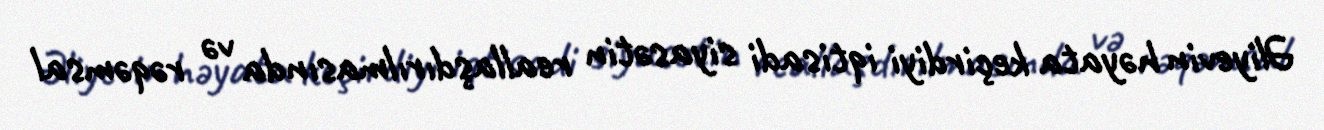
Əliyevin həyata keçirdiyi iqtisadi siyasətin reallaşdırılmasında və rəqəmsal